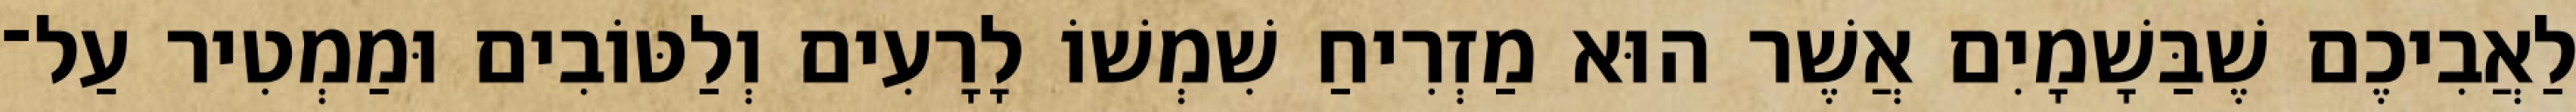
לַאֲבִיכֶם שֶׁבַּשָׁמָיִם אֲשֶׁר הוּא מַזְרִיחַ שִׁמְשׁוֹ לָרָעִים וְלַטּוֹבִים וּמַמְטִיר עַל־